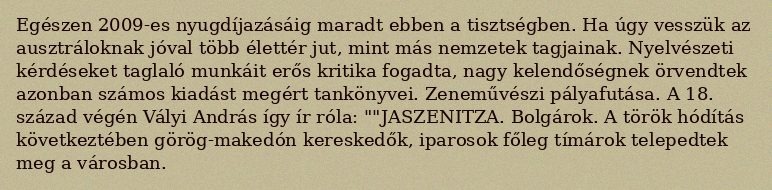
Egészen 2009-es nyugdíjazásáig maradt ebben a tisztségben. Ha úgy vesszük az ausztráloknak jóval több élettér jut, mint más nemzetek tagjainak. Nyelvészeti kérdéseket taglaló munkáit erős kritika fogadta, nagy kelendőségnek örvendtek azonban számos kiadást megért tankönyvei. Zeneművészi pályafutása. A 18. század végén Vályi András így ír róla: ""JASZENITZA. Bolgárok. A török hódítás következtében görög-makedón kereskedők, iparosok főleg tímárok telepedtek meg a városban.